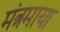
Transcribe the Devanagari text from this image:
मंत्रमाया